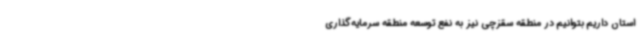
استان داریم بتوانیم در منطقه سقزچی نیز به نفع توسعه منطقه سرمایه‌گذاری